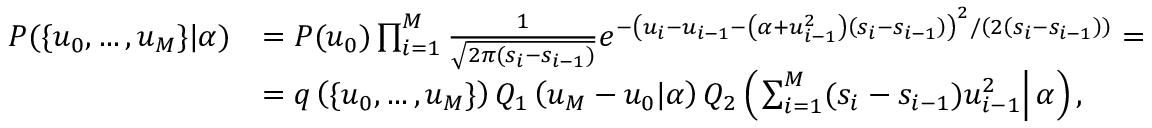
\begin{array} { r l } { P ( \{ u _ { 0 } , \ldots , u _ { M } \} | \alpha ) } & { = P ( u _ { 0 } ) \prod _ { i = 1 } ^ { M } \frac { 1 } { \sqrt { 2 \pi ( s _ { i } - s _ { i - 1 } ) } } e ^ { - \left( u _ { i } - u _ { i - 1 } - \left( \alpha + u _ { i - 1 } ^ { 2 } \right) \left( s _ { i } - s _ { i - 1 } \right) \right) ^ { 2 } / \left( 2 \left( s _ { i } - s _ { i - 1 } \right) \right) } = } \\ & { = q \left( \{ u _ { 0 } , \ldots , u _ { M } \} \right) Q _ { 1 } \left( u _ { M } - u _ { 0 } | \alpha \right) Q _ { 2 } \left( \left. \sum _ { i = 1 } ^ { M } ( s _ { i } - s _ { i - 1 } ) u _ { i - 1 } ^ { 2 } \right| \alpha \right) , } \end{array}